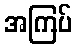
အကြပ်